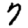
Digit: 7